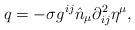
LaTeX: \begin{align*} q = -\sigma g^{ij} \hat n_{\mu} \partial_{ij}^2 \eta^{\mu}, \end{align*}